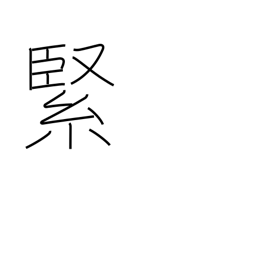
Meaning: solid